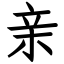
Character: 亲